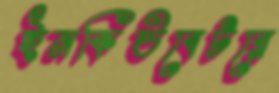
ইনকিউবেটরে